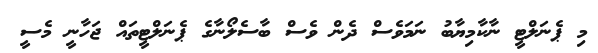
މި ޕެނަލްޓީ ނާކާމިޔާބު ނަމަވެސް ދެން ވެސް ބާސެލޯނާގެ ޕެނަލްޓީތައް ޖަހާނީ މެސީ